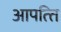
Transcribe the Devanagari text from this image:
आपत्‍ति